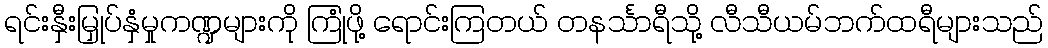
ရင်းနှီးမြှုပ်နှံမှုကဏ္ဍများကို ကြုံဖို့ ရောင်းကြတယ် တနင်္သာရီသို့ လီသီယမ်ဘက်ထရီများသည်